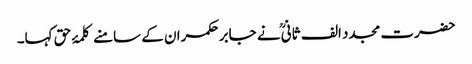
حضرت مجدد الف ثانیؒ نے جابر حکمران کے سامنے کلمۂ حق کہا۔